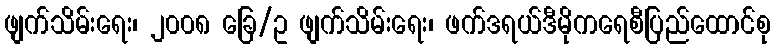
ဖျက်သိမ်းရေး၊ ၂၀၀၈ ခြေ/ဥ ဖျက်သိမ်းရေး၊ ဖက်ဒရယ်ဒီမိုကရေစီပြည်ထောင်စု